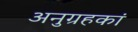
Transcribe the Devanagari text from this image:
अनुग्रहकां